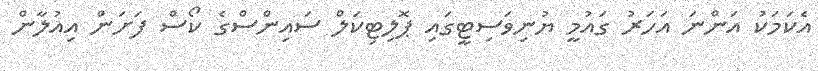
އެކަމަކު އަންނަ އަހަރު ގައުމީ ޔުނިވަސިޓީގައި ޕޮލިޓިކަލް ސައިންސްގެ ކޯސް ފަށަން އިއުލާން